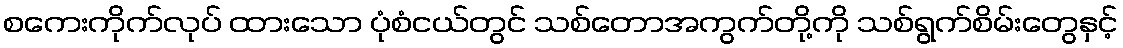
စကေးကိုက်လုပ် ထားသော ပုံစံငယ်တွင် သစ်တောအကွက်တို့ကို သစ်ရွက်စိမ်းတွေနှင့်